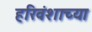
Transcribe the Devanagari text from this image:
हरिवंशाच्या